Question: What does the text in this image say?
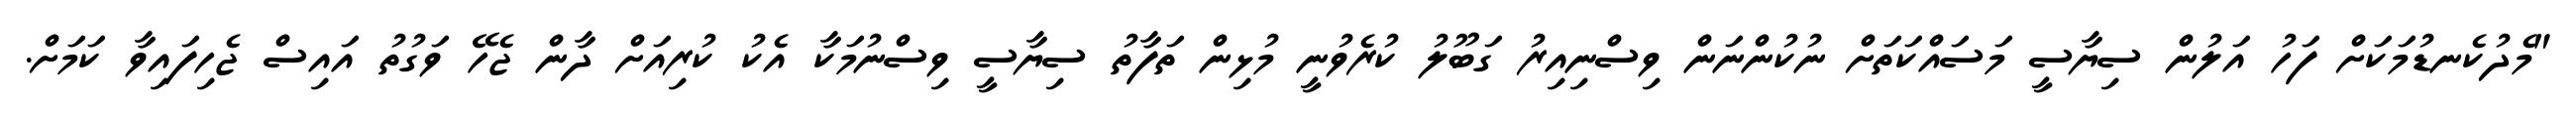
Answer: "މެދުކެނޑުމަކަށް ފަހު އަލުން ސިޔާސީ މަސައްކަތަށް ނުކުންނަން ވިސްނިއިރު ގަބޫލު ކުރެވުނީ މުޅިން ތަފާތު ސިޔާސީ ވިސްނުމަކާ އެކު ކުރިއަށް ދާން ޖެހޭ ވަގުތު އައިސް ޖެހިފައިވާ ކަމަށް.